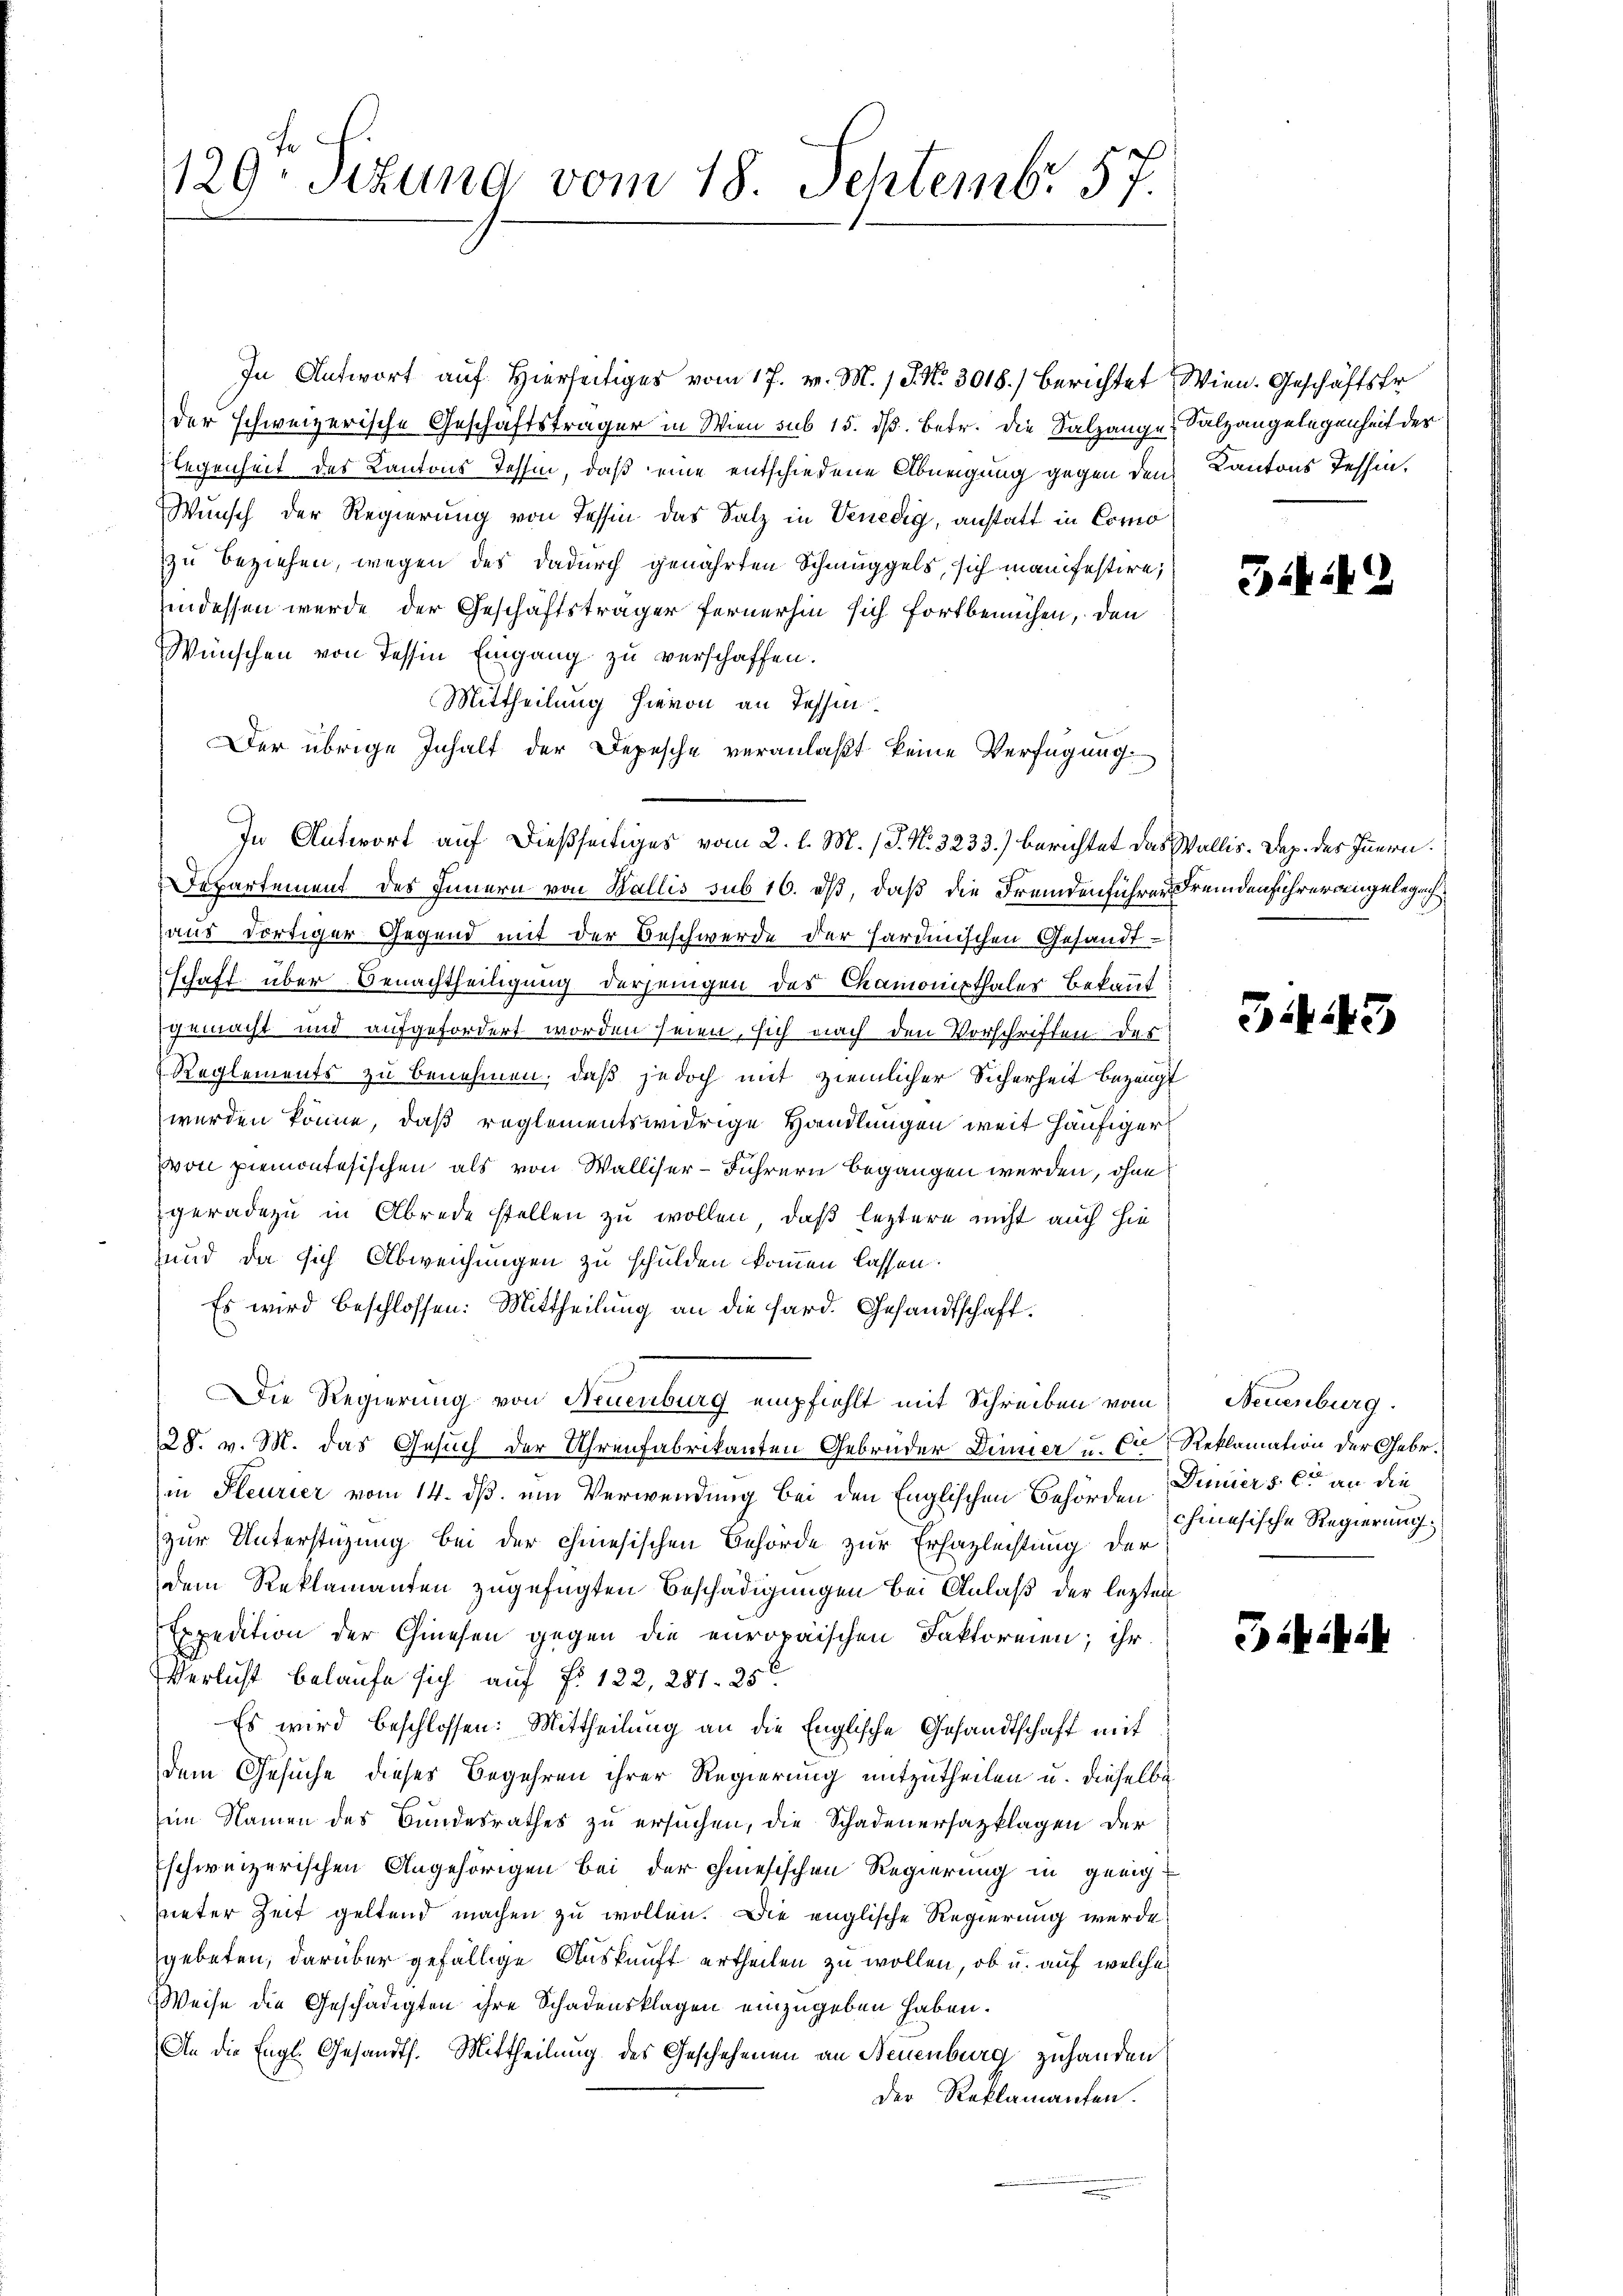
129. Sitzung vom 18. Septembr. 57.

In Antwort auf Hierseitiges vom 17. v. M. / 5. No 3018.) berichtet Wien. Geschäftsfr
der schweizerische Geschäftsträger in Wien sub 15. dβ. betr. die Salzange
legenheit des Kantons Tessin, daß eine entschiedene Abneigung gegen den
Wunsch der Regierung von Tessin das Salz in Venedig, anstatt in Como
zu beziehen, wegen des dadurch genährten Schmuggels, sich man festire,
indessen wurde der Geschäftsträger fernerhin sich fortbemühen, den
Wünschen von Tessin Eingang zu verschaffen.
Mittheilung hievon an Tessin
Der übrige Inhalt der Depesche veranlaßt keine Verfügung
Departement des Innern von Wallis sub 16. dß, daß die Fremdenführer Fremdenführer angelegenh
aus dortiger Gegend mit der Beschwerde der sardinischen Gesandtschaft über Benachtheiligung derjenigen des Chamonisthaler Bekannt
gemacht und aufgefordert worden seien, sich nach den Vorschriften des
Reglements zu benehmen, daß jedoch mit ziemlicher Sicherheit bezeugt
werden könne, daß reglementswidrige Handlungen weit häufiger
von Piemontesischen als von Walliser-Führern begangen werden, ohne
geradezu in Abrede stellen zu wollen, daß leztere nicht auch hie
und, da sich Abweichungen zu schulden kommen lassen.
Es wird beschlossen: Mittheilung an die fard. Gesandtschaft.
Die Regierung von Neuenburg empfiehlt mit Schreiben vom Neuenburg
28. v. M. das Gesuch der Uhrenfabrikanten Gebrüder Dinner u. Cr, Reklamation der Gebr.
in Pleurier vom 14. ds. ein Verwendung bei den Englischen Behörden Dimiers et an diezur Unterstüzung bei der chinesischen Behörde zur Erhaplechtung der
dem Reklamanten zugefügten Beschädigungen bei Anlaß der lezten
Expedition der Chinesen gegen die europaischen Faktoreien; ihr
VVerlicht belaufe sich auf N: 122, 281. 25
Es wird beschlossen: Mittheilung an die Englische Gesandtschaft mit
dem Gesuche dieser Begehren ihrer Regierung mitzutheilen u. dieselbe
im Namen des Bundesrathes zu ersuchen, die Schadenersatzklagen der
schweizerischen Angehörigen bei der hiesischen Regierung in geeigunter Zeit geltend machen zu wollen. Die englische Regierung werde
gebeten, darüber gefällige Auskunft ertheilen zu wollen, ob u. auf welche
Weise die Geschädigten ihre Schadensklagen einzugeben haben.
An die Engl. Gesandts. Mittheilung des Geschehenen an Neuenburg zuhanden
der Reklamanten.

In Antwort auf dießseitiges vom 2. l. M. J. No. 3233.) berichtet das Wallis. Dez. des Innern

Salzangelegenheit des
Kantons Tessin.

3.42

5443

chinesische Regierung.

ilii